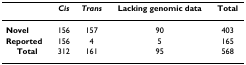
<table><thead><tr><td></td><td><b><i>Cis</i></b></td><td><b><i>Trans</i></b></td><td><b>Lacking genomic data</b></td><td><b>Total</b></td></tr></thead><tbody><tr><td><b>Novel</b></td><td>156</td><td>157</td><td>90</td><td>403</td></tr><tr><td><b>Reported</b></td><td>156</td><td>4</td><td>5</td><td>165</td></tr><tr><td><b>Total</b></td><td>312</td><td>161</td><td>95</td><td>568</td></tr></tbody></table>